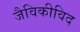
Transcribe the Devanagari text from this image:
जैविकीविद